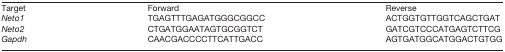
| Target | Forward | Reverse |
 | --- | --- | --- |
 | Neto1 | TGAGTTTGAGATGGGCGGCC | ACTGGTGTTGGTCAGCTGAT |
 | Neto2 | CTGATGGAATAGTGCGGTCT | GATCGTCCCATGAGTCTTCG |
 | Gapdh | CAACGACCCCTTCATTGACC | AGTGATGGCATGGACTGTGG |